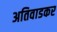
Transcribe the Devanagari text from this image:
अतिवाडकर